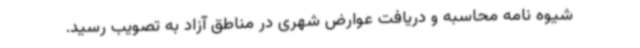
شیوه نامه محاسبه و دریافت عوارض شهری در مناطق آزاد به تصویب رسید.